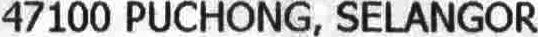
47100 PUCHONG, SELANGOR